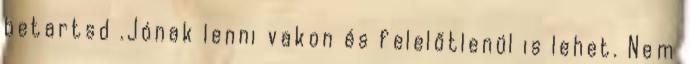
betartsd .Jónak lenni vakon és felelőtlenül is lehet. Nem